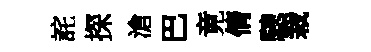
詫探滄巴竟倩驄栽